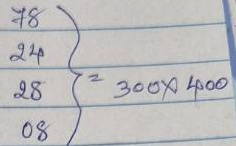
78 = 300 x 400
24 = 300 x 400
28 = 300 x 400
08 = 300 x 400